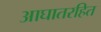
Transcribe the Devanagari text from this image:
आघातरहित